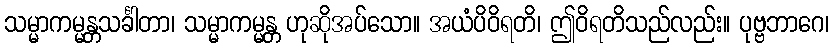
သမ္မာကမ္မန္တသင်္ခါတာ၊ သမ္မာကမ္မန္တ ဟုဆိုအပ်သော။ အယံပိဝိရတိ၊ ဤဝိရတိသည်လည်း။ ပုဗ္ဗဘာဂေ၊